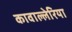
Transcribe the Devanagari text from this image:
कावाल्लेरिया